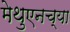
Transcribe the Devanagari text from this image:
मेथुएनच्या